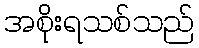
အစိုးရသစ်သည်